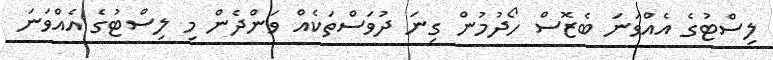
ލިސްޓުގެ އެއްވަނަ ބެޒޮސް ހޯދުމުން ގިނަ ދުވަސްތަކެއް ވަންދެން މި ލިސްޓުގެ އެއްވަނަ